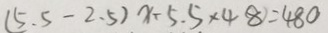
( 5 . 5 - 2 . 5 ) x - 5 . 5 \times 4 8 = 4 8 0